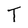
Character: T